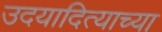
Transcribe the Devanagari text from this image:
उदयादित्याच्या